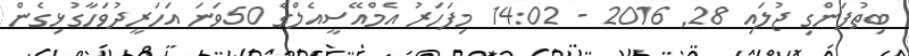
ބިތުފަންގި ޖުލައި 28